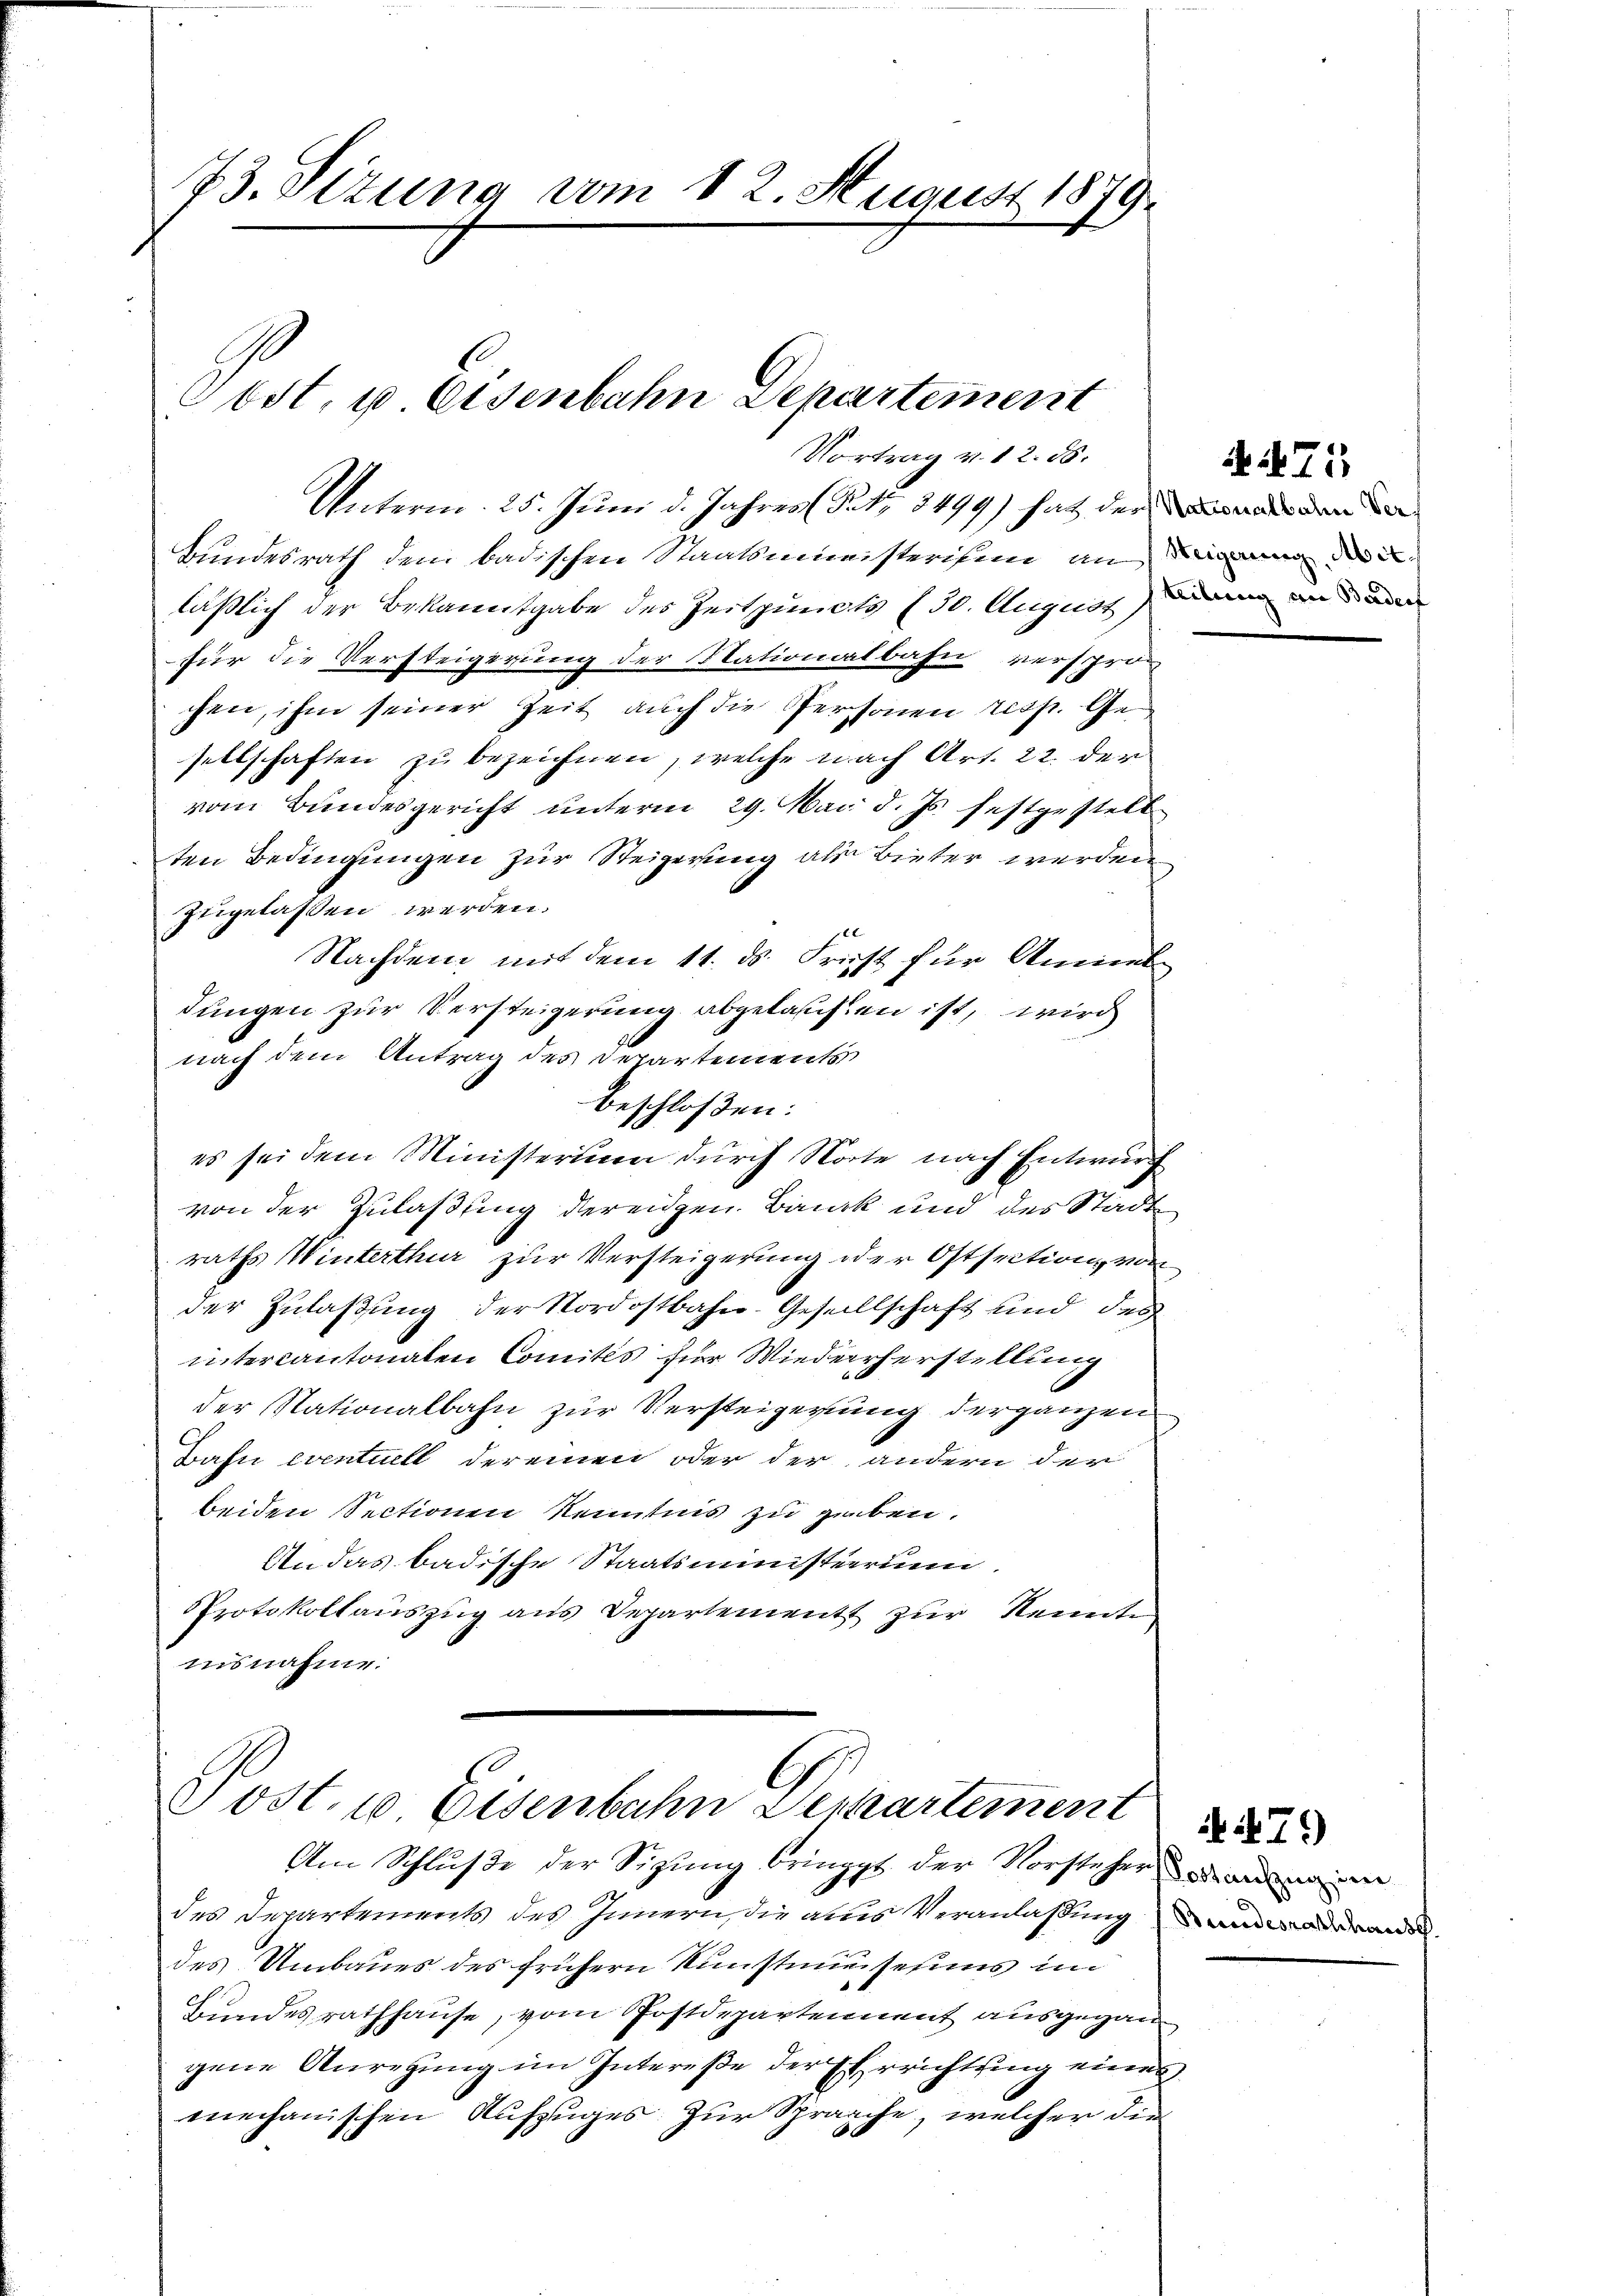
73. Sizung vom 12. August 1879.
ost. u. Eisenbahn Separtement
Vortrag v. 12. 85.

Unterm 25. Juni d. Jahres (Satz. 3499) hat der den
Bundesrath dem badischen Staatsministerigen an den der
läßlich der Bekanntgabe des Zeitpuncts (30. August anden
für die Versteigerung der Nationalbahn verspron
chen, ihm seiner Zeit auch die Personen resp. Gesellschaften zu bezeichnen, welche nach Art. 22. der
vom Bundesgericht unterm 29. Mai d. Js. festgestell
ten Bedingungen zur Steigerung als Bieter werden
zugelassen werden.
Nachdem mit dem 11. ds. Frist für Anmeldungen zur Versteigerung abgelassen ist, wird
nach dem Antrag des Departements
beschloßen:
es sei dem Ministerium durch Norte nach Entwurf
von der Zulaßung derenzen. Bank und des Stadt
raths Winterthur zur Versteigerung oder Ostsection von
der Zulaßung der Nordostbahn-Gesellschaft und des
intercantonalen Comités für Wiederrherstellung
der Nationalbahn zur Versteigerung derganzen
Bahn eventuell der einen oder der andern der
beiden Sectionen Kenntnis zu geben.
An das badische Staatsministerium.
Protokollauszug aus Departement zur Kennte
insnahme.

Post. 10. Eisenbahn Denkartement

Am Schluße der Sigung bringt der Vorsteher den in
des Departements des Innern, die aus Veranlaßung in der and
des Umbaues des frühern Kunstmuseums im
Bundesrathhause, vom Postdepartennent ausgegan
gene Anregung im Intereße der Errichtung eines
enechanischen Aufzuges. Zur Sprache, welcher die

A.471

79)